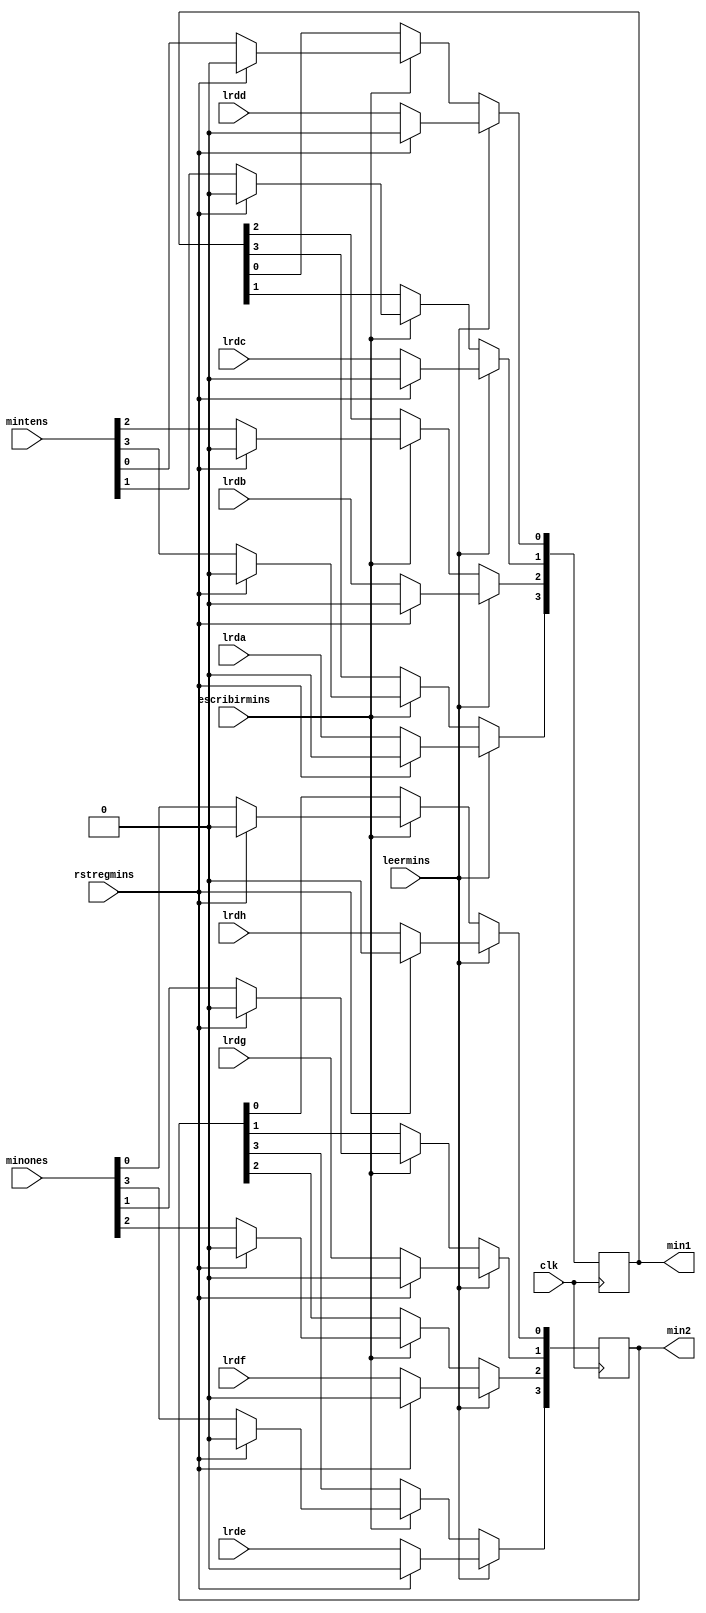
`timescale 1ns / 10ps

module regminutes(
		input wire rstregmins,
		input wire clk,
		input wire leermins, escribirmins,
		input wire lrda, lrdb, lrdc, lrdd, lrde, lrdf, lrdg, lrdh,
		input wire [3:0] mintens,
		input wire [3:0] minones,
		output reg [3:0] min1,
		output reg [3:0] min2
    );
	 
always @(posedge clk) begin
	if (leermins) begin
		if (rstregmins) begin
			min1 <= 0;
			min2 <= 0;
		end
		else begin
			min1[3] <= lrda;
			min1[2] <= lrdb;
			min1[1] <= lrdc;
			min1[0] <= lrdd;
			min2[3] <= lrde;
			min2[2] <= lrdf;
			min2[1] <= lrdg;
			min2[0] <= lrdh;
		end
	end
	else if (escribirmins) begin
		if (rstregmins) begin
			min1 <= 0;
			min2 <= 0;
		end
		else begin
			min1 <= mintens;
			min2 <= minones;
		end
	end
end

endmodule